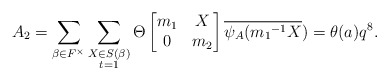
\begin{align*} A_2=\displaystyle \sum_{\beta \in F^{\times}} \sum_{\substack{X\in S(\beta) \\ t=1 }}\Theta \begin{bmatrix} m_1 & X\\0 & m_2\end{bmatrix}\overline{\psi_A({m_1}^{-1}X})=\theta(a)q^8.\end{align*}